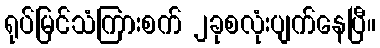
ရုပ်မြင်သံကြားစက် ၂ခုစလုံးပျက်နေပြီ။